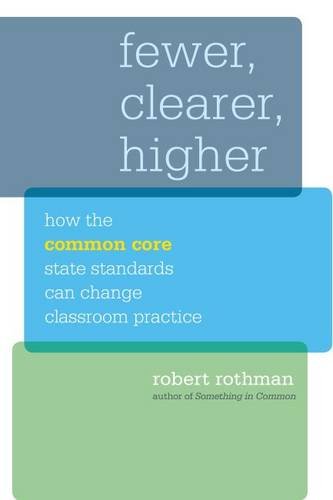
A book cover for Fewer, Clearer, Higher: How the Common Core State Standards Can Change Classroom Practice (HEL Impact Series); Robert Rothman; Education & Teaching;